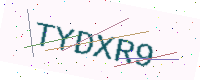
Text: TYDXR9